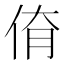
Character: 𠉈